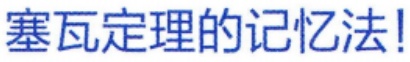
塞瓦定理的记忆法!